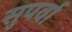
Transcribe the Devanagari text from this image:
सुपर्वा